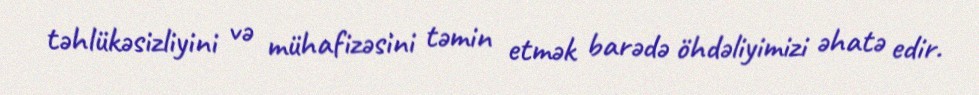
təhlükəsizliyini və mühafizəsini təmin etmək barədə öhdəliyimizi əhatə edir.